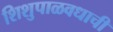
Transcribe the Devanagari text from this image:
शिशुपाळवधाची